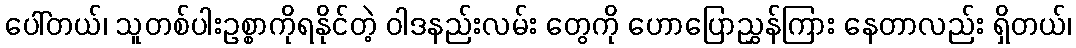
ပေါ်တယ်၊ သူတစ်ပါးဥစ္စာကိုရနိုင်တဲ့ ဝါဒနည်းလမ်း တွေကို ဟောပြောညွှန်ကြား နေတာလည်း ရှိတယ်၊